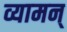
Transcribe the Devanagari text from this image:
व्यामन्